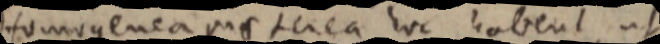
Homogenea praterea hoc habent, ut